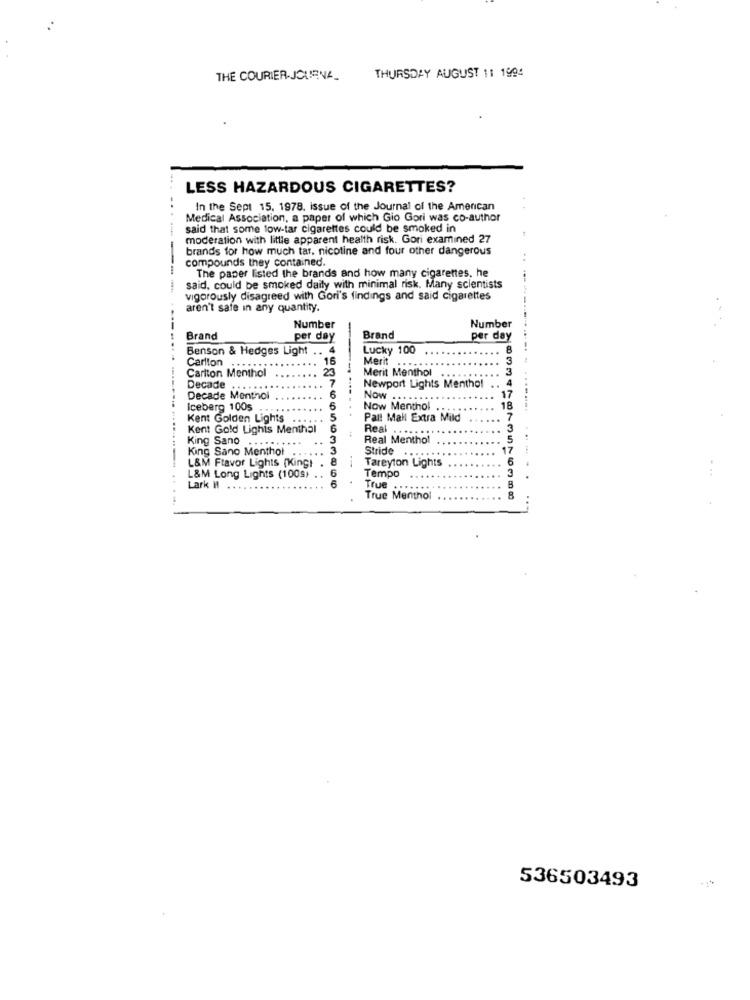
THE COURIER-JOURNA_
THURSDAY AUGUST 1: 1994
LESS HAZARDOUS CIGARETTES?
In the Sept 15. 1978. issue of the Journal of the American
Medical Association, a paper of which Gio Gori was co-author
said that some low-tar cigarettes could be smoked in
moderation with little apparent health risk. Gori examined 27
brands for how much tar, nicotine and four other dangerous
compounds they contained.
--
The paper listed the brands and how many cigarettes, he
said, could be smoked daily with minimal risk. Many scientists
vigorously disagreed with Gori's findings and said cigarettes
aren't safe in any quantity.
Number
Number
Brand
per day
Brand
per day
Benson & Hedges Light .. 4
Lucky 100
16
Merit
3
Carlton
Carlton Menthol
23
Merit Menthol
3
7
4
Decade
6
Newport Lights Menthol
Decade Menthol
Now ...
17
Iceberg 1005
6
Now Menthol
18
Kent Golden Lights
5
Pall Mall Extra Mild
7
Kent Gold Lights Menthal
Real
3
King Sano
..
Real Menthol
5
King Sano Menthol
Stride
17
---..... .........
Tareyton Lights
6
L&M Ftavor Lights (King!
56339
3
....
L&M Long Lights (100s) . .
Tempo
Lark H
True
True Menthol
536503493